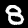
Label: 8